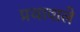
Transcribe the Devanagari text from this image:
प्रथावाले